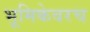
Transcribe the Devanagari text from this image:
भूमिकेवरच